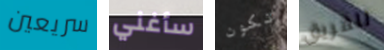
سريعين سأغني تكون للفريق